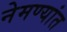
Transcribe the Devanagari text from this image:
नेमण्यांत